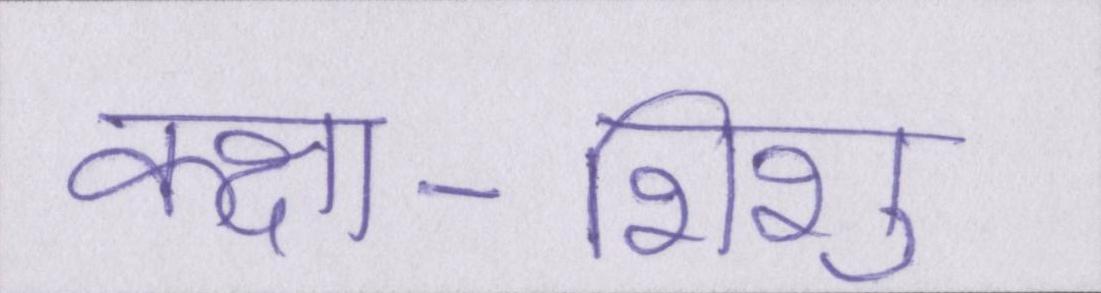
कक्षा-शिशु